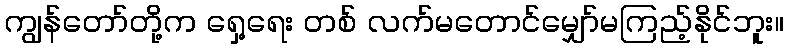
ကျွန်တော်တို့က ရှေ့ရေး တစ် လက်မတောင်မျှော်မကြည့်နိုင်ဘူး။